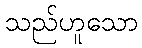
သည်ဟူသော